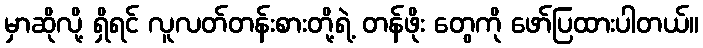
မှာဆိုလို့ ရှိရင် လူလတ်တန်းစားတို့ရဲ့ တန်ဖိုး တွေကို ဖော်ပြထားပါတယ်။